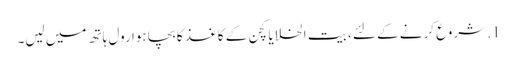
1. شروع کرنے کے لئے ، بیت الخلا یا کچن کے کاغذ کا بچا ہوا رول ہاتھ میں لیں۔